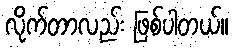
လိုက်တာလည်း ဖြစ်ပါတယ်။